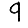
Digit: 9